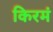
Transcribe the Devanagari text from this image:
किरमं